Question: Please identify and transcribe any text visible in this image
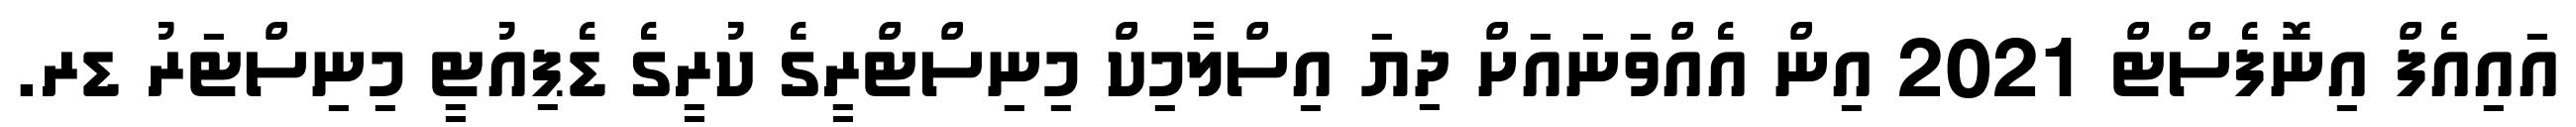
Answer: އައިއެފް އިނޮފެސްޓް 2021 އިން އެއްވަނައަށް ދިޔަ އިސްލާމިކް މިނިސްޓްރީގެ ކުރީގެ ޑެޕިއުޓީ މިނިސްޓަރު ޑރ.